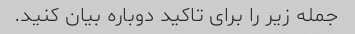
جمله زیر را برای تاکید دوباره بیان کنید.